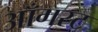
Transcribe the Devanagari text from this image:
आँगस्ट